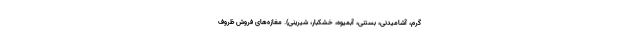
گرم، آشامیدنی، بستنی، آبمیوه، خشکبار، شیرینی). مغازه‌های فروش ظروف